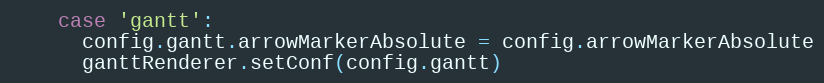
Language: JavaScript
    case 'gantt':
      config.gantt.arrowMarkerAbsolute = config.arrowMarkerAbsolute
      ganttRenderer.setConf(config.gantt)